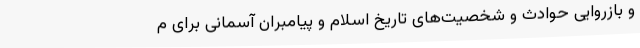
و بازروایی حوادث و شخصیت‌های تاریخ اسلام و پیامبران آسمانی برای م